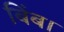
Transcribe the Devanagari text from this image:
बिंब।